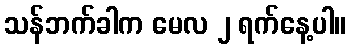
သန်ဘက်ခါက မေလ ၂ ရက်နေ့ပါ။